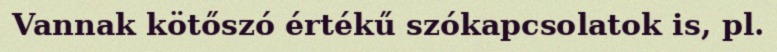
Vannak kötőszó értékű szókapcsolatok is, pl.